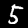
Digit: 5